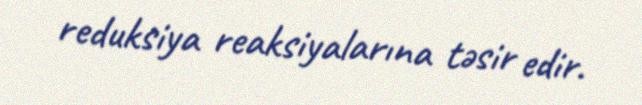
reduksiya reaksiyalarına təsir edir.